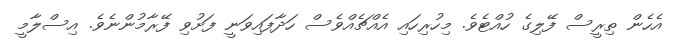
އެހެން ތިރީސް ފޭލިގެ ހުއްޓެވެ. މިހުރިހައި އެއްޗެއްވެސް ހަދާފައިވަނީ ފަށުވި ފޭރާމުންނެވެ. އިސްލާމީ